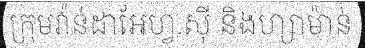
ក្រុមវ៉ាន់ដាអែហ្វ.ស៊ី និងហ្សាម៉ាន់